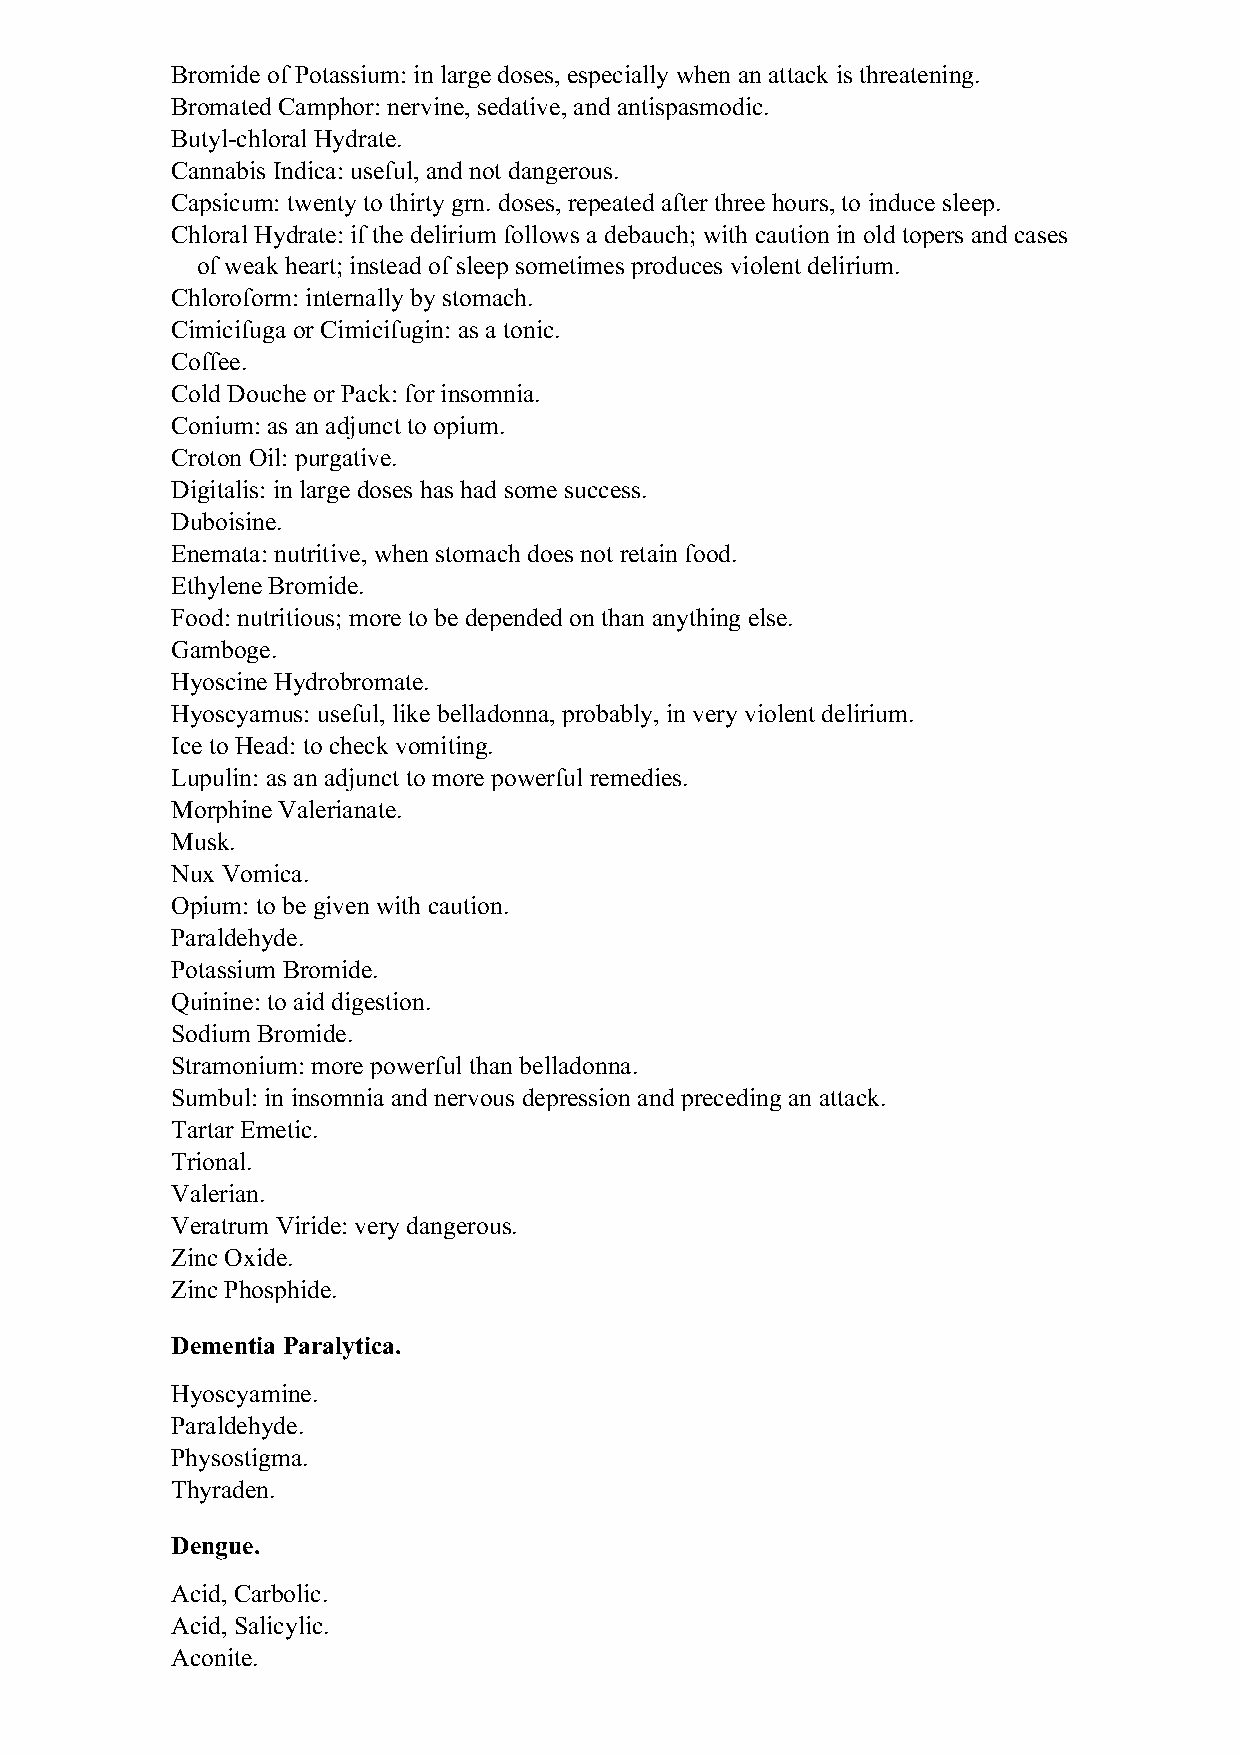
Bromide of Potassium: in large doses, especially when an attack is threatening.
 Bromated Camphor: nervine, sedative, and antispasmodic.
 Butyl-chloral Hydrate.
 Cannabis Indica: useful, and not dangerous.
 Capsicum: twenty to thirty grn. doses, repeated after three hours, to induce sleep.
 Chloral Hydrate: if the delirium follows a debauch; with caution in old topers and cases
 of weak heart; instead of sleep sometimes produces violent delirium.
 Chloroform: internally by stomach.
 Cimicifuga or Cimicifugin: as a tonic.
 Coffee.
 Cold Douche or Pack: for insomnia.
 Conium: as an adjunct to opium.
 Croton Oil: purgative.
 Digitalis: in large doses has had some success.
 Duboisine.
 Enemata: nutritive, when stomach does not retain food.
 Ethylene Bromide.
 Food: nutritious; more to be depended on than anything else.
 Gamboge.
 Hyoscine Hydrobromate.
 Hyoscyamus: useful, like belladonna, probably, in very violent delirium.
 Ice to Head: to check vomiting.
 Lupulin: as an adjunct to more powerful remedies.
 Morphine Valerianate.
 Musk.
 Nux Vomica.
 Opium: to be given with caution.
 Paraldehyde.
 Potassium Bromide.
 Quinine: to aid digestion.
 Sodium Bromide.
 Stramonium: more powerful than belladonna.
 Sumbul: in insomnia and nervous depression and preceding an attack.
 Tartar Emetic.
 Trional.
 Valerian.
 Veratrum Viride: very dangerous.
 Zinc Oxide.
 Zinc Phosphide.
 Dementia Paralytica.
 Hyoscyamine.
 Paraldehyde.
 Physostigma.
 Thyraden.
 Dengue.
 Acid, Carbolic.
 Acid, Salicylic.
 Aconite.